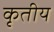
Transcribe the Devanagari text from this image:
कृतीय